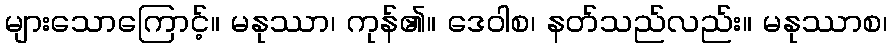
များသောကြောင့်။ မနုဿာ၊ ကုန်၏။ ဒေဝါစ၊ နတ်သည်လည်း။ မနုဿာစ၊